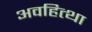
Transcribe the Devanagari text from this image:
अवहित्था